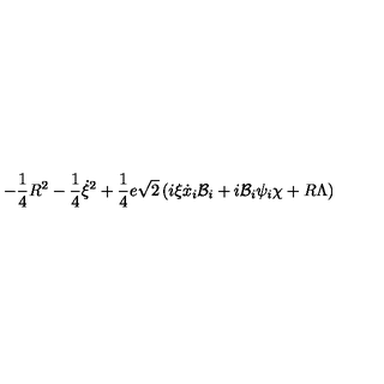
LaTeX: - \frac { 1 } { 4 } R ^ { 2 } - \frac { 1 } { 4 } \dot { \xi } ^ { 2 } + \frac { 1 } { 4 } e \sqrt { 2 } \left( i \xi \dot { x } _ { i } { \cal { B } } _ { i } + i { \cal { B } } _ { i } \psi _ { i } \chi + R \Lambda \right)